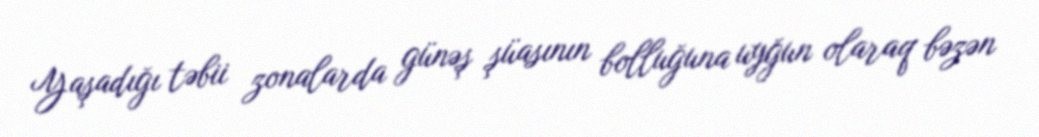
Yaşadığı təbii zonalarda günəş şüasının bolluğuna uyğun olaraq bəzən